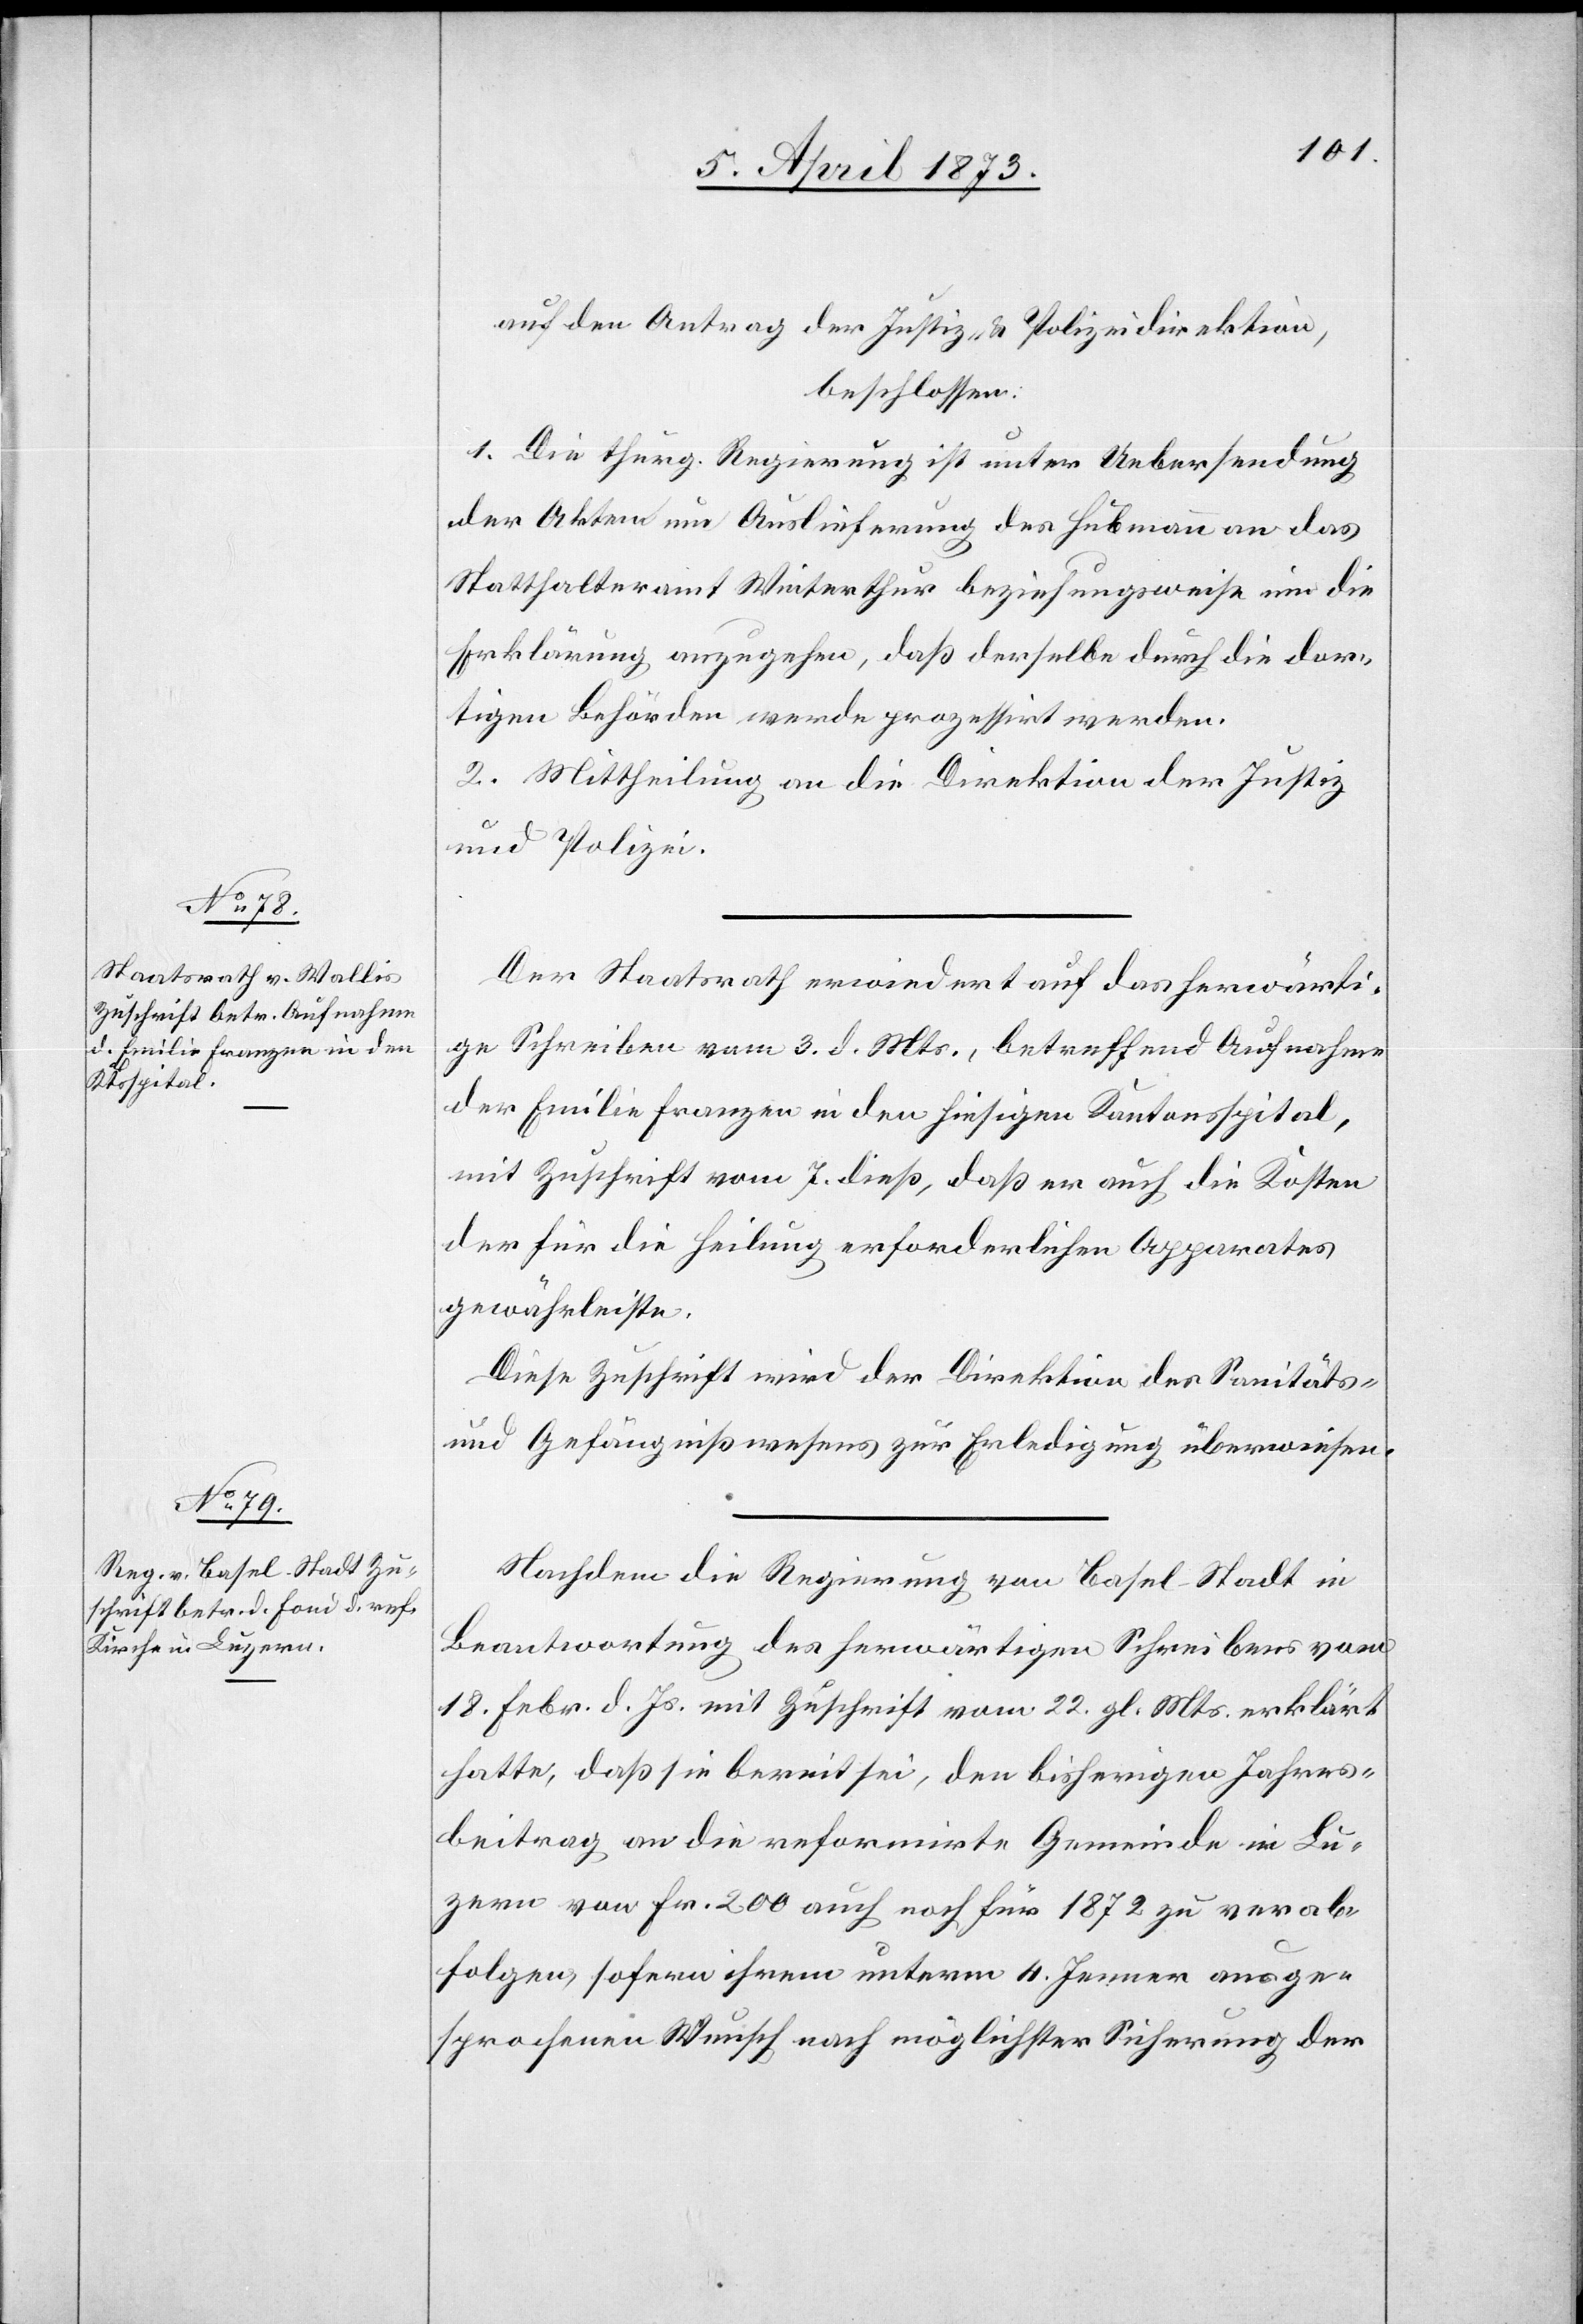
8. April 1873.]
auf den Antrag der Justiz- & Polizeidirektion,
beschlossen:
1. Die thurg. Regierung ist unter Uebersendung
der Akten um Auslieferung des Hubmann an das
Statthalteramt Winterthur beziehungsweise um die
Erklärung anzugehen, daß derselbe durch die dor¬
tigen Behörden werde prozessirt werden.
2. Mittheilung an die Direktion der Justiz
und Polizei.
Der Staatsrath erwiedert auf das herwärti¬
ge Schreiben vom 3. d. Mts., betreffend Aufnahme
der Emilie Franzen in den hiesigen Kantonsspital,
mit Zuschrift vom 7. dieß, daß er auch die Kosten
für die Heilung erforderlichen Apparates
gewährleiste.
Diese Zuschrift wird der Direktion des Sanitäts-
und Gefängnißwesens zur Erledigung überwiesen.
Nachdem die Regierung von Basel-Stadt in
Beantwortung des herwärtigen Schreibens vom
18. Febr. d. Js. mit Zuschrift vom 22. gl. Mts. erklärt
hatte, daß sie bereit sei, den bisherigen Jahres¬
beitrag an die reformirte Gemeinde in Lu¬
zern von Fr. 200 auch noch für 1872 zu verab¬
folgen, sofern ihrem unterm 4. Jenner ausge¬
sprochenen Wunsch nach möglichster Sicherung der